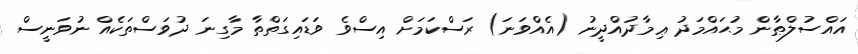
އައްސުލްޠާން މުޙައްމަދު ޢިމާދުއްދީނު (އެއްވަނަ) ރަސްކަމަށް އިސްވެ ވަޑައިގަތްތާ މާގިނަ ދުވަސްތަކެއް ނުވަނީސް